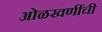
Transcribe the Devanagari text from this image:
ओळखणींची